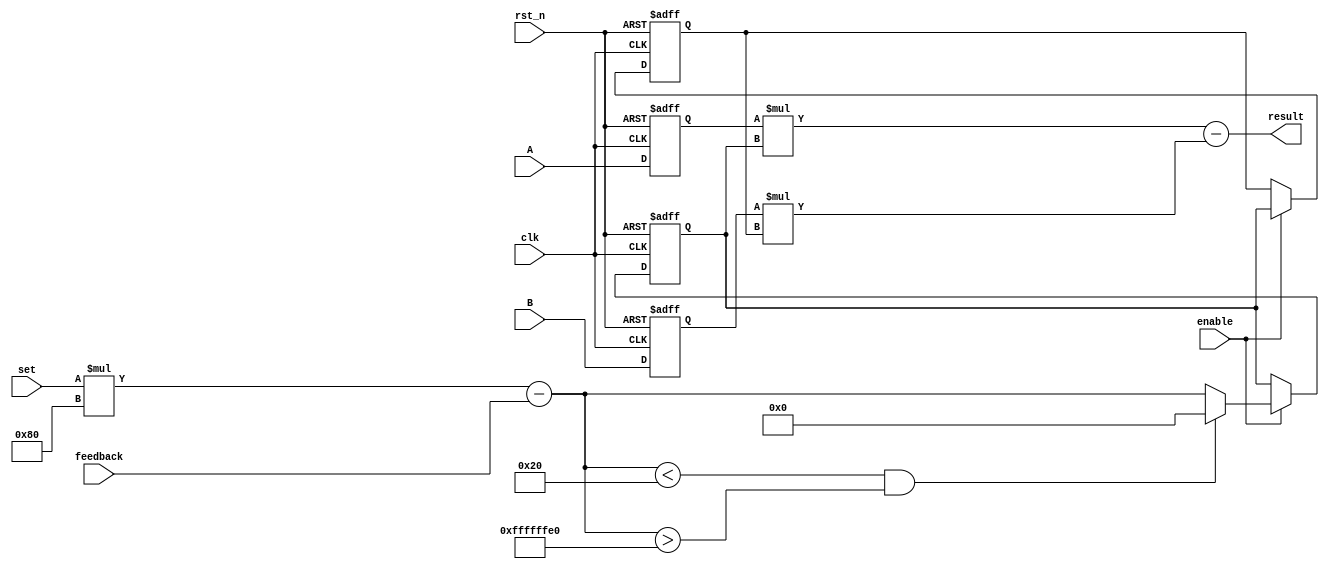
module PI_ver(clk,rst_n,enable,set,feedback,A,B,result);
input clk,rst_n,enable;
input [31:0]set;
input [31:0]feedback;
output [31:0]result;
wire [31:0]result;
input [31:0] A;//A=Kp+Ki;
input [31:0] B;//B=Kp;
reg [31:0] Error;
reg [31:0] preError;
wire [31:0] P_buffer;
wire [31:0] I_buffer;
reg [31:0]A_t,B_t;
//reg [15:0]result_buffer;
reg [31:0]delta;
always @(posedge clk or negedge rst_n)
begin
if(!rst_n)
	begin
		A_t<= 32'd360;
		B_t<= 32'd210;
		Error<=32'sd0;
		preError<=32'sd0;
	end
else
	begin
		A_t<= A; 
		B_t<= B;
		if(enable==1'b1)
		begin
		    //if(set == 0)
		    //begin
		    //    A_t<= 100;
		    //    B_t<= 70;
		    //end
		    //else
		    //begin
		    //    A_t<= A; 
		    //    B_t<= B;
		    //end
		    preError<=Error;
		    if((set *128-feedback < 32) && (set *128-feedback > -32))
		        Error <= 0;
		    else
			    Error <= set *128-feedback;					
		end
		else ;
	end
end//end always

assign P_buffer=A_t*Error;
assign I_buffer=B_t*preError;
//LPM_multi LPM_multi_t1(A,Error,P_buffer);
//LPM_multi LPM_multi_t2(B,preError,I_buffer);

always @(P_buffer,I_buffer)
begin
	 delta<=P_buffer-I_buffer;	
end//end always
assign result=delta;
endmodule